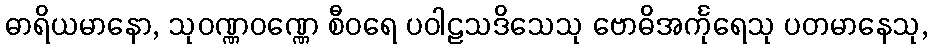
ဓာရိယမာနော, သုဝဏ္ဏဝဏ္ဏေ စီဝရေ ပဝါဠသဒိသေသု ဗောဓိအင်္ကုရေသု ပတမာနေသု,